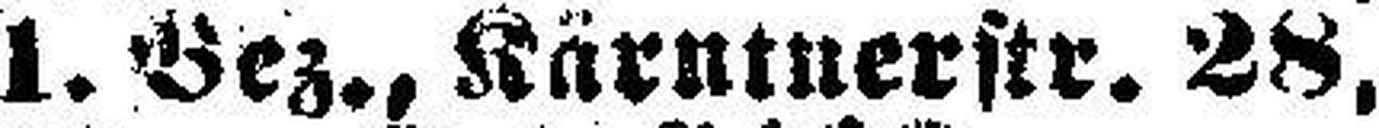
1. Bez., Kärntnerstr. 28,